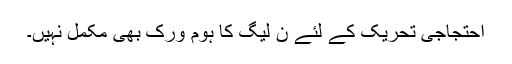
احتجاجی تحریک کے لئے ن لیگ کا ہوم ورک بھی مکمل نہیں۔